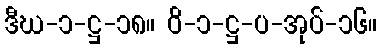
ဒီဃ-၁-ဋ္ဌ-၁၈။ ဝိ-၁-ဋ္ဌ-ပ-အုပ်-၁၆။